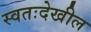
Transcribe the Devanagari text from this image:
स्वतःदेखील